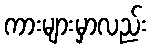
ကားများမှာလည်း